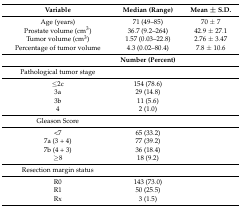
| Variable | Median (Range) | Mean ± S.D. |
 | --- | --- | --- |
 | Age (years) | 71 (49–85) | 70 ± 7 |
 | Prostate volume (cm3) | 36.7 (9.2–264) | 42.9 ± 27.1 |
 | Tumor volume (cm3) | 1.57 (0.03–22.8) | 2.76 ± 3.47 |
 | Percentage of tumor volume | 4.3 (0.02–80.4) | 7.8 ± 10.6 |
 |  | Number (Percent) |  |
 | Pathological tumor stage |  |  |
 | ≤2c | 154 (78.6) |  |
 | 3a | 29 (14.8) |  |
 | 3b | 11 (5.6) |  |
 | 4 | 2 (1.0) |  |
 | Gleason Score |  |  |
 | <7 | 65 (33.2) |  |
 | 7a (3 + 4) | 77 (39.2) |  |
 | 7b (4 + 3) | 36 (18.4) |  |
 | ≥8 | 18 (9.2) |  |
 | Resection margin status |  |  |
 | R0 | 143 (73.0) |  |
 | R1 | 50 (25.5) |  |
 | Rx | 3 (1.5) |  |